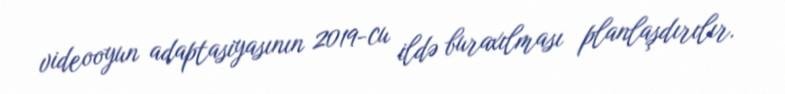
videooyun adaptasiyasının 2019-cu ildə buraxılması planlaşdırılır.